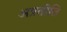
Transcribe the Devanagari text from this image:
अप्रतीति